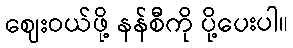
ဈေးဝယ်ဖို့ နန်စီကို ပို့ပေးပါ။